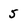
Character: 5